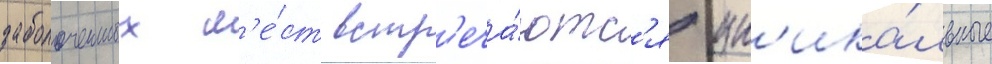
заболоченных м'е́ст встр'еча́ютс'я ун'ика́льные